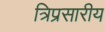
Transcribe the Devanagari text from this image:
त्रिप्रसारीय